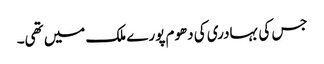
جس کی بہادری کی دھوم پورے ملک میں تھی۔